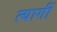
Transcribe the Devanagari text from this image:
त्यागीं